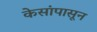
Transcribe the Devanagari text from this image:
केसांपासून